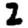
Digit: 2